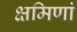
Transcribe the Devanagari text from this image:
क्षमिणां